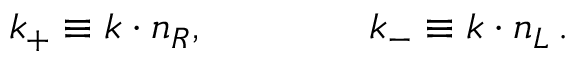
k _ { + } \equiv k \cdot n _ { R } , \qquad \qquad k _ { - } \equiv k \cdot n _ { L } \, .